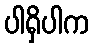
ပါရှိပါက